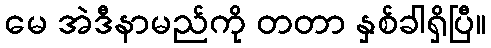
မေ အဲဒီနာမည်ကို တတာ နှစ်ခါရှိပြီ။